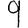
Digit: 9